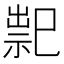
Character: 䄐